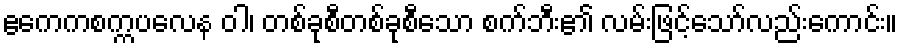
ဧကေကစက္ကပလေန ဝါ၊ တစ်ခုစီတစ်ခုစီသော စက်ဘီး၏ လမ်းဖြင့်သော်လည်းကောင်း။